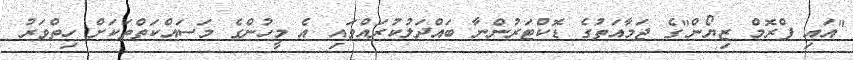
"އައި ފްރޮމް ޒިޔޯން"ގެ ޖަމާއަތުގެ ޑޮކްޓަރުންނާ ބައްދަލުކުރައްވައި އެ މީހުންގެ މަސައްކަތްތަކަށް ހިތްވަރު